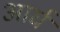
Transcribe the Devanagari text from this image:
आर्घ